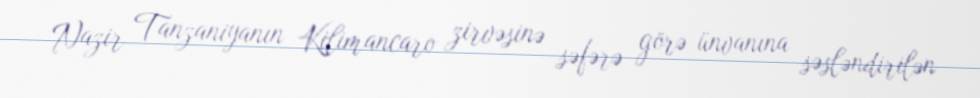
Nazir Tanzaniyanın Kilimancaro zirvəsinə səfərə görə ünvanına səsləndirilən